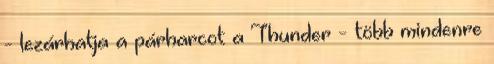
- lezárhatja a párharcot a Thunder - több mindenre